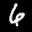
Label: 6